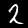
Digit: 2